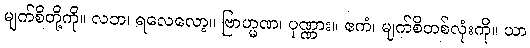
မျက်စိတို့ကို။ လဘ၊ ရလေလော့။ ဗြာဟ္မဏ၊ ပုဏ္ဏား။ ဧကံ၊ မျက်စိတစ်လုံးကို။ ယာ